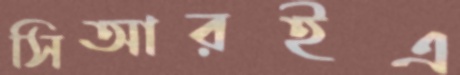
সিআরইএ